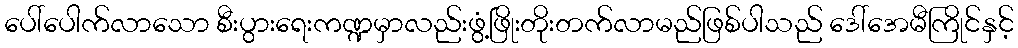
ပေါ်ပေါက်လာသော စီးပွားရေးကဏ္ဍမှာလည်းဖွံ့ဖြိုးတိုးတက်လာမည်ဖြစ်ပါသည် ဒေါ်အေမီကြိုင်နှင့်